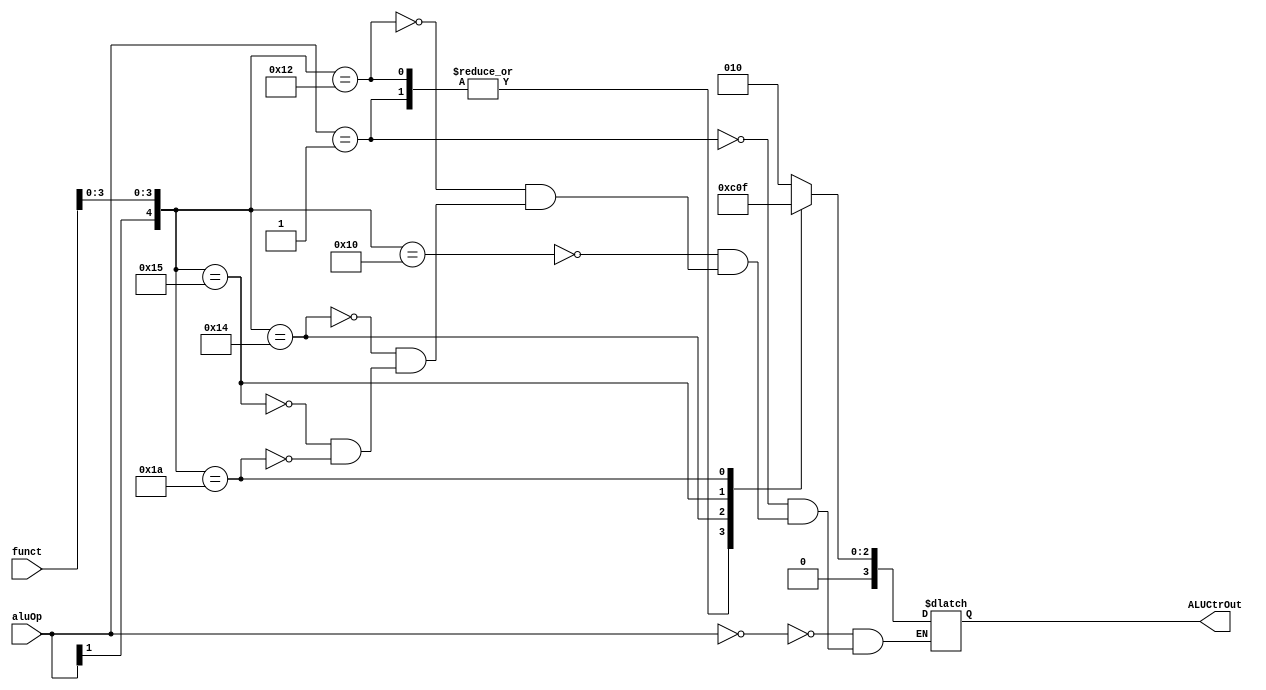
module ALUctr(
    input [1:0] aluOp,
    input [5:0] funct,
    output [3:0] ALUCtrOut
    );
    reg [3:0] ALUCtrOut;
    always @(aluOp or funct)
    begin
        casex ({aluOp,funct})
        8'b00xxxxxx:ALUCtrOut=4'b0010;//lw sw
        8'b01xxxxxx:ALUCtrOut=4'b0110;//branch
        8'b1xxx0000:ALUCtrOut=4'b0010;//add
        8'b1xxx0010:ALUCtrOut=4'b0110;//subtract
        8'b1xxx0100:ALUCtrOut=4'b0000;//and
        8'b1xxx0101:ALUCtrOut=4'b0001;//or
        8'b1xxx1010:ALUCtrOut=4'b0111;//slt
        endcase
    end
endmodule